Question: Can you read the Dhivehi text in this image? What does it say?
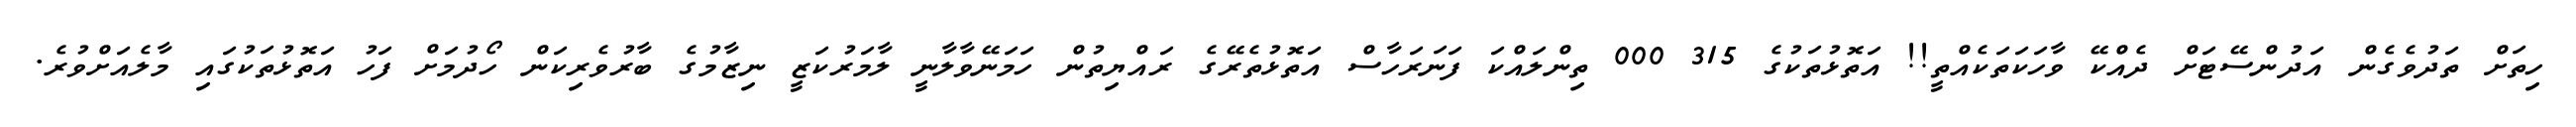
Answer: ހިތަށް ތަދުވެގެން އަދުންސޭޓަށް ދެއްކޭ ވާހަކަތަކެއްތީ!! އަތޮޅުތަކުގެ 315 000 ތިންލައްކަ ފަނަރަހާސް އަތޮޅުތެރޭގެ ރައްޔިތުން ހަމަނޭވާލާނީ ލާމަރުކަޒީ ނިޒާމުގެ ބާރުވެރިކަން ހޯދުމަށް ފަހު އަތޮޅުތަކުގައި މާލެއަށްވުރެ.